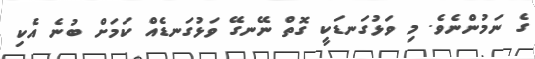
ގެ ނަމުންނެވެ. މި ވަޅުގަނޑަކީ ގޮތް ނޭނގޭ ވަޅުގަނޑެއް ކަމަށް ބުނެ އެކި